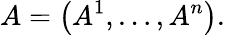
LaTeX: A=\left(A^{1},\dots,A^{n}\right).